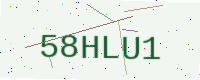
Text: 58HLU1